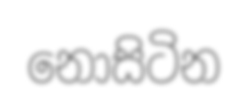
නොසිටින